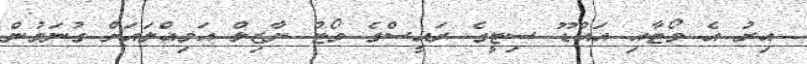
އިރު އެ ވޯޓާއި އައްޑޫ ސިޓީގެ ރައީސްގެ ވޯޓު ނާޒިލް އަމިއްލައަށް ގުނަމުން